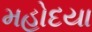
મહોદયા